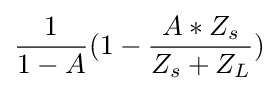
{\frac {1}{1-A}}(1-{\frac {A*Z_{s}}{Z_{s}+Z_{L}}})